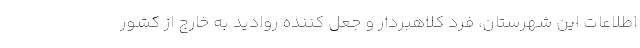
اطلاعات این شهرستان، فرد کلاهبردار و جعل کننده روادید به خارج از کشور